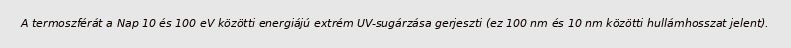
A termoszférát a Nap 10 és 100 eV közötti energiájú extrém UV-sugárzása gerjeszti (ez 100 nm és 10 nm közötti hullámhosszat jelent).